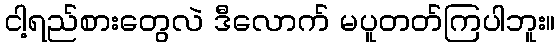
ငါ့ရည်စားတွေလဲ ဒီလောက် မပူတတ်ကြပါဘူး။